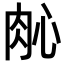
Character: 𬚲